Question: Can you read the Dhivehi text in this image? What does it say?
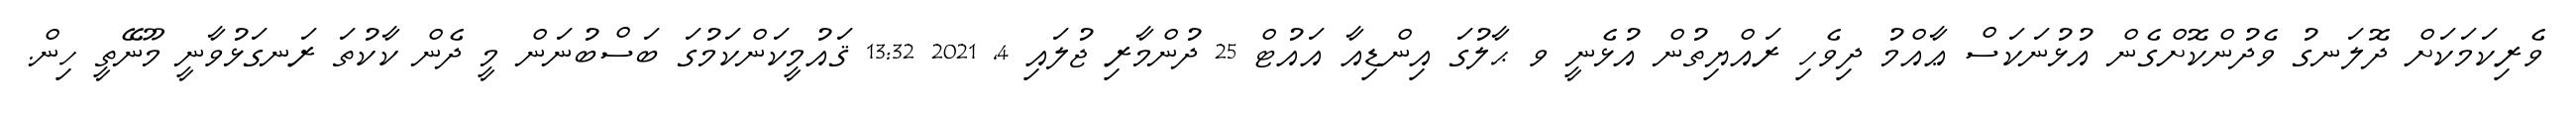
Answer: ވެރިކަމަކަށް ދޮލަނގު ވެދުންކޮށްގެން އުޅުނަކަސް ޢާއްމު ދިވެހި ރައްޔިތުން އުޅެނީ ވ ޙާލުގަ އިންޑިއާ އައުޓް 25 ދުންމާރި ޖުލައި 4, 2021 13:32 ޤައުމީކަންކަމުގަ ބަސްބުނަން މީ ދެން ކާކުތަ ރަނގަޅުވާނީ މޫނޭތީ ހިން.